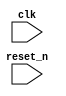


module cfg_ctrl_ (


    input clk, reset_n
);

endmodule